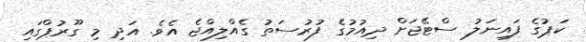
ކަޕުގެ ފައިނަލު ސްޓޭޖަށް ދިއުމުގެ ފުރުސަތު ގެއްލިއްޖެ އެވެ. އަދި މި ގޫރުޕްގައި